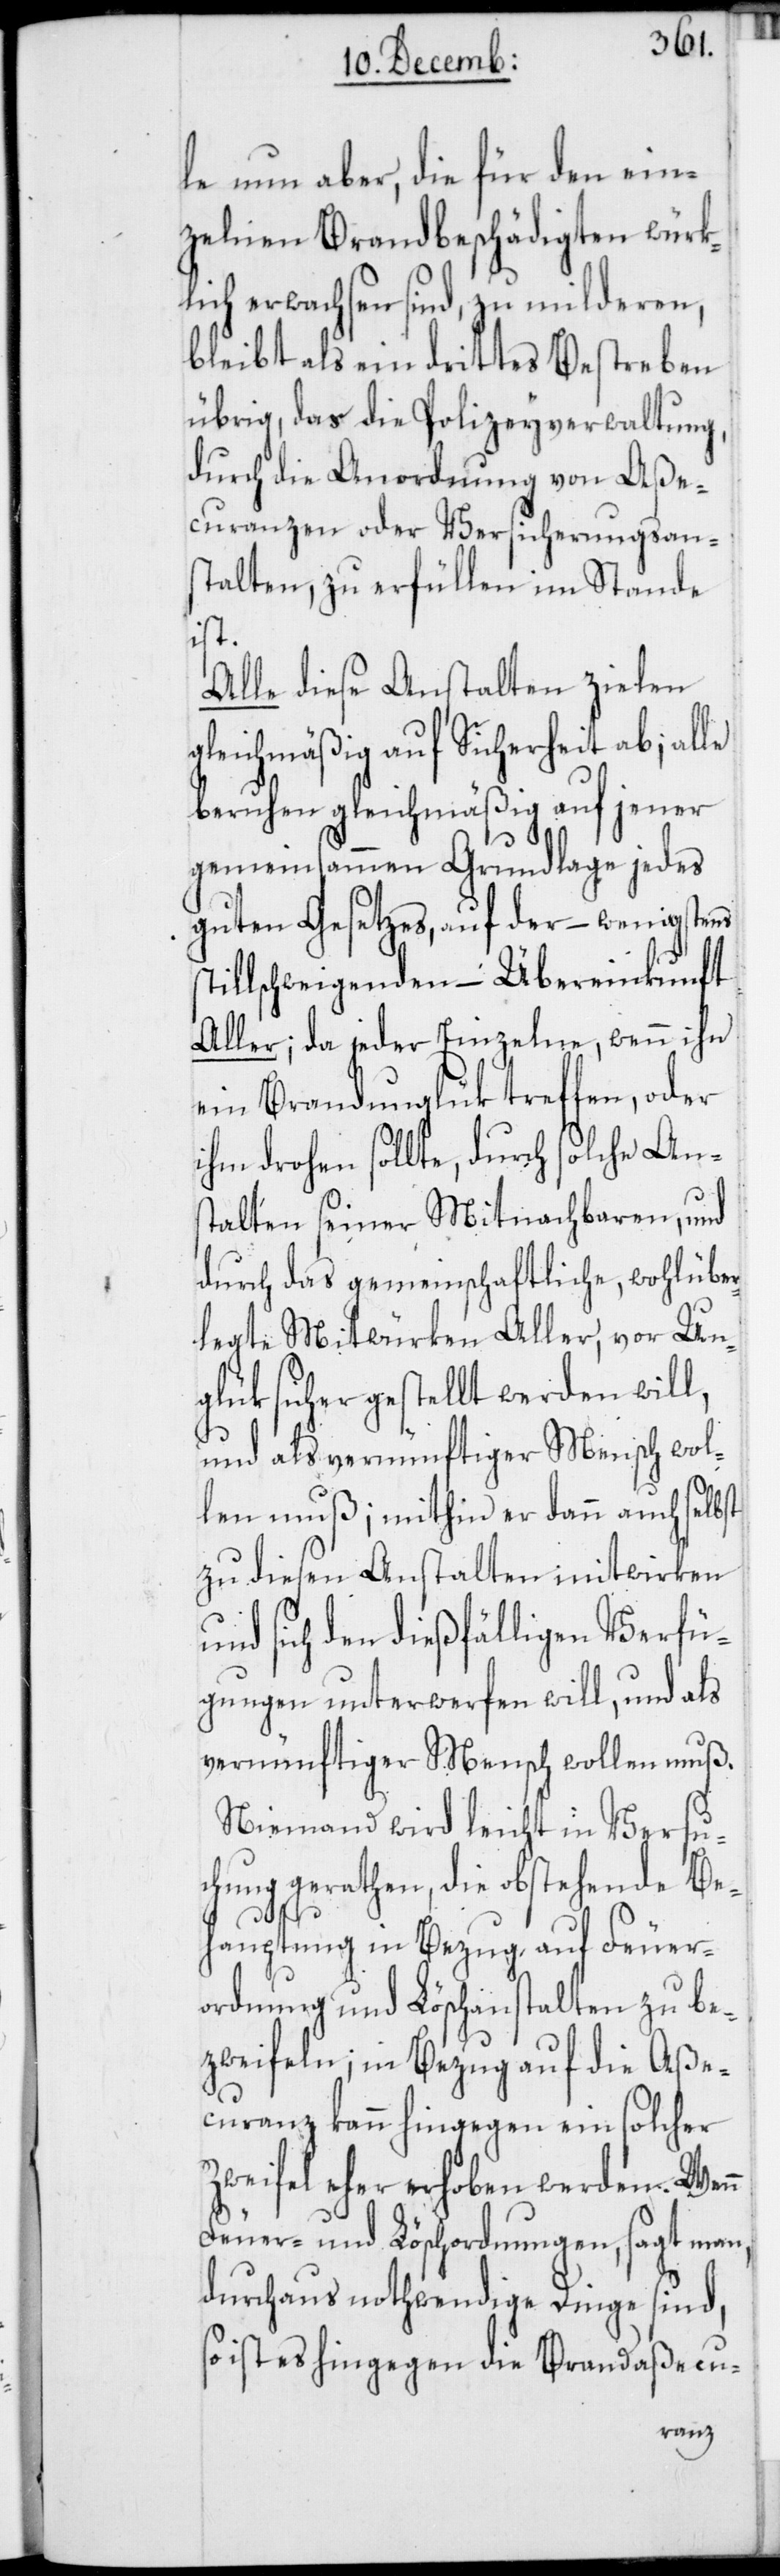
le nun aber, die für den ein¬
zelnen Brandbeschädigten würk¬
lich erwachsen sind, zu milderen,
bleibt als ein drittes Bestreben
übrig, das die Polizeyverwaltung,
durch die Anordnung von Aße¬
curanzen oder Versicherungsan¬
stalten zu erfüllen im Stande
st¬
Alle diese Anstalten ziehen
gleichmäßig auf Sicherheit ab; alle
beruhen gleichmäßig auf jener
gemeinsammen Grundlage jedes
guten Gesetzes, auf der – wenigstens
illschweigenden – Übereinkunft
Aller; da jeder Einzelne, wenn ihn
ein Brandunglük treffen, oder
ihm drohen sollte, durch solche Ans¬
talten seiner Mitnachbaren, und
durch das gemeinschaftliche, wohlüber¬
legte Mitwürken Aller, vor Un¬
glük sicher gestellt werden will,
und als vernünftiger Mensch wol¬
len muß; mithin er dann auch selbst
zu diesen Anstalten mitwirken
und sich den dießfälligen Verfü¬
gungen unterwerfen will, und als
vernünftiger Mensch wollen muß.
Niemand wird leicht in Versu¬
chung gerathen, die obstehende Be¬
hauptung in Bezug auf Feuer¬
ordnung und Löschanstalten zu be¬
zweifeln; in Bezug auf die Aße¬
curanz kann hingegen ein solcher
Zweifel eher erhoben werden. Wenn
Feuer- und Löschordnungen, sagt man,
durchaus nothwendige Dinge sind,
so ist es hingegen die Brandaßecu-